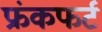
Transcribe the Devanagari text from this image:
फ्रंकफर्ट